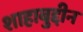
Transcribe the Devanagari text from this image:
शाहाबुद्दीन